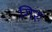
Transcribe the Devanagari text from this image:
गिरः